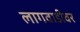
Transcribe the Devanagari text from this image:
लागवाडीवर